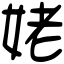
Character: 姥